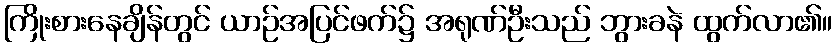
ကြိုးစားနေချိန်တွင် ယာဉ်အပြင်ဖက်၌ အရုဏ်ဦးသည် ဘွားခနဲ ထွက်လာ၏။